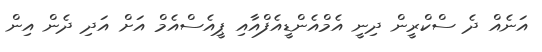
އަނެއް ދެ ސްކްރީން ދިނީ އެމްއެންޑީއެފްއާއި ޕީއެސްއެމް އަށް އަދި ދެން އިން